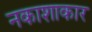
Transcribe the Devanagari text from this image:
नकाशाकार